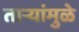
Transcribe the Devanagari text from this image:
तार्‍यांमुळे